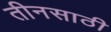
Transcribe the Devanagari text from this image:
तीनसाठी